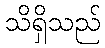
သိရှိသည်